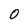
Character: 0